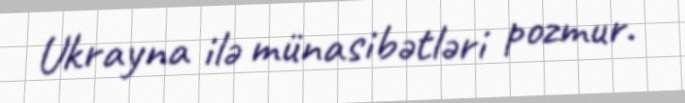
Ukrayna ilə münasibətləri pozmur.